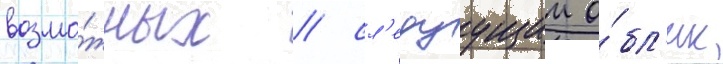
возмо́жных / сл'едуущии о́бл'ик